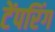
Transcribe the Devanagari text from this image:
टेंपरिंग